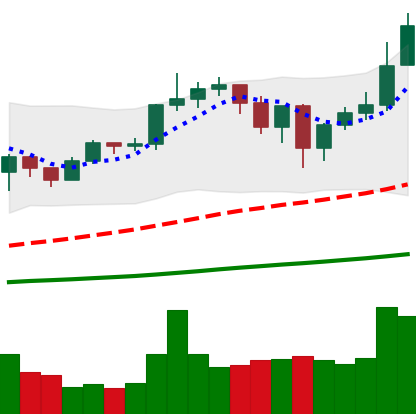
Ticker: ETH-USD
Chart end date: 2020-12-28
Forward return: 6.043%
Label: up_5_7